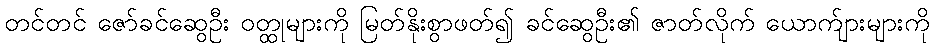
တင်တင် ဇော်ခင်ဆွေဦး ဝတ္ထုများကို မြတ်နိုးစွာဖတ်၍ ခင်ဆွေဦး၏ ဇာတ်လိုက် ယောက်ျားများကို